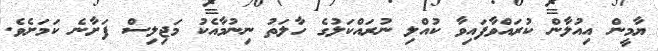
ޔާމީން އިއުލާން ކުރައްވާފައިވާ ކުއްލި ނުރައްކަލުގެ ހާލަތު ނިނުމާއެކު މަޖިލިސް ފަށާނެ ކަމަށެވެ.